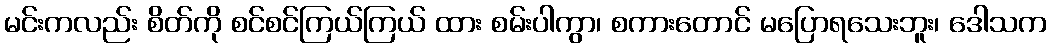
မင်းကလည်း စိတ်ကို စင်စင်ကြယ်ကြယ် ထား စမ်းပါကွာ၊ စကားတောင် မပြောရသေးဘူး၊ ဒေါသက